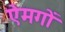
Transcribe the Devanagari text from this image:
ऐमगों